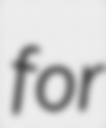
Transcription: for